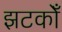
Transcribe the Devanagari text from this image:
झटकोँ